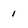
Character: 1